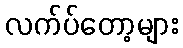
လက်ပ်တော့များ